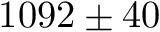
1 0 9 2 \pm 4 0